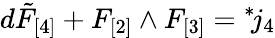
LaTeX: d\tilde{F}_{[4]}+F_{[2]}\wedge F_{[3]}={}^{*}\! j_{4}